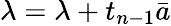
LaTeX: \lambda=\lambda+t_{n-1}\bar{a}